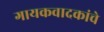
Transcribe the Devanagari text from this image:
गायकवादकांचे